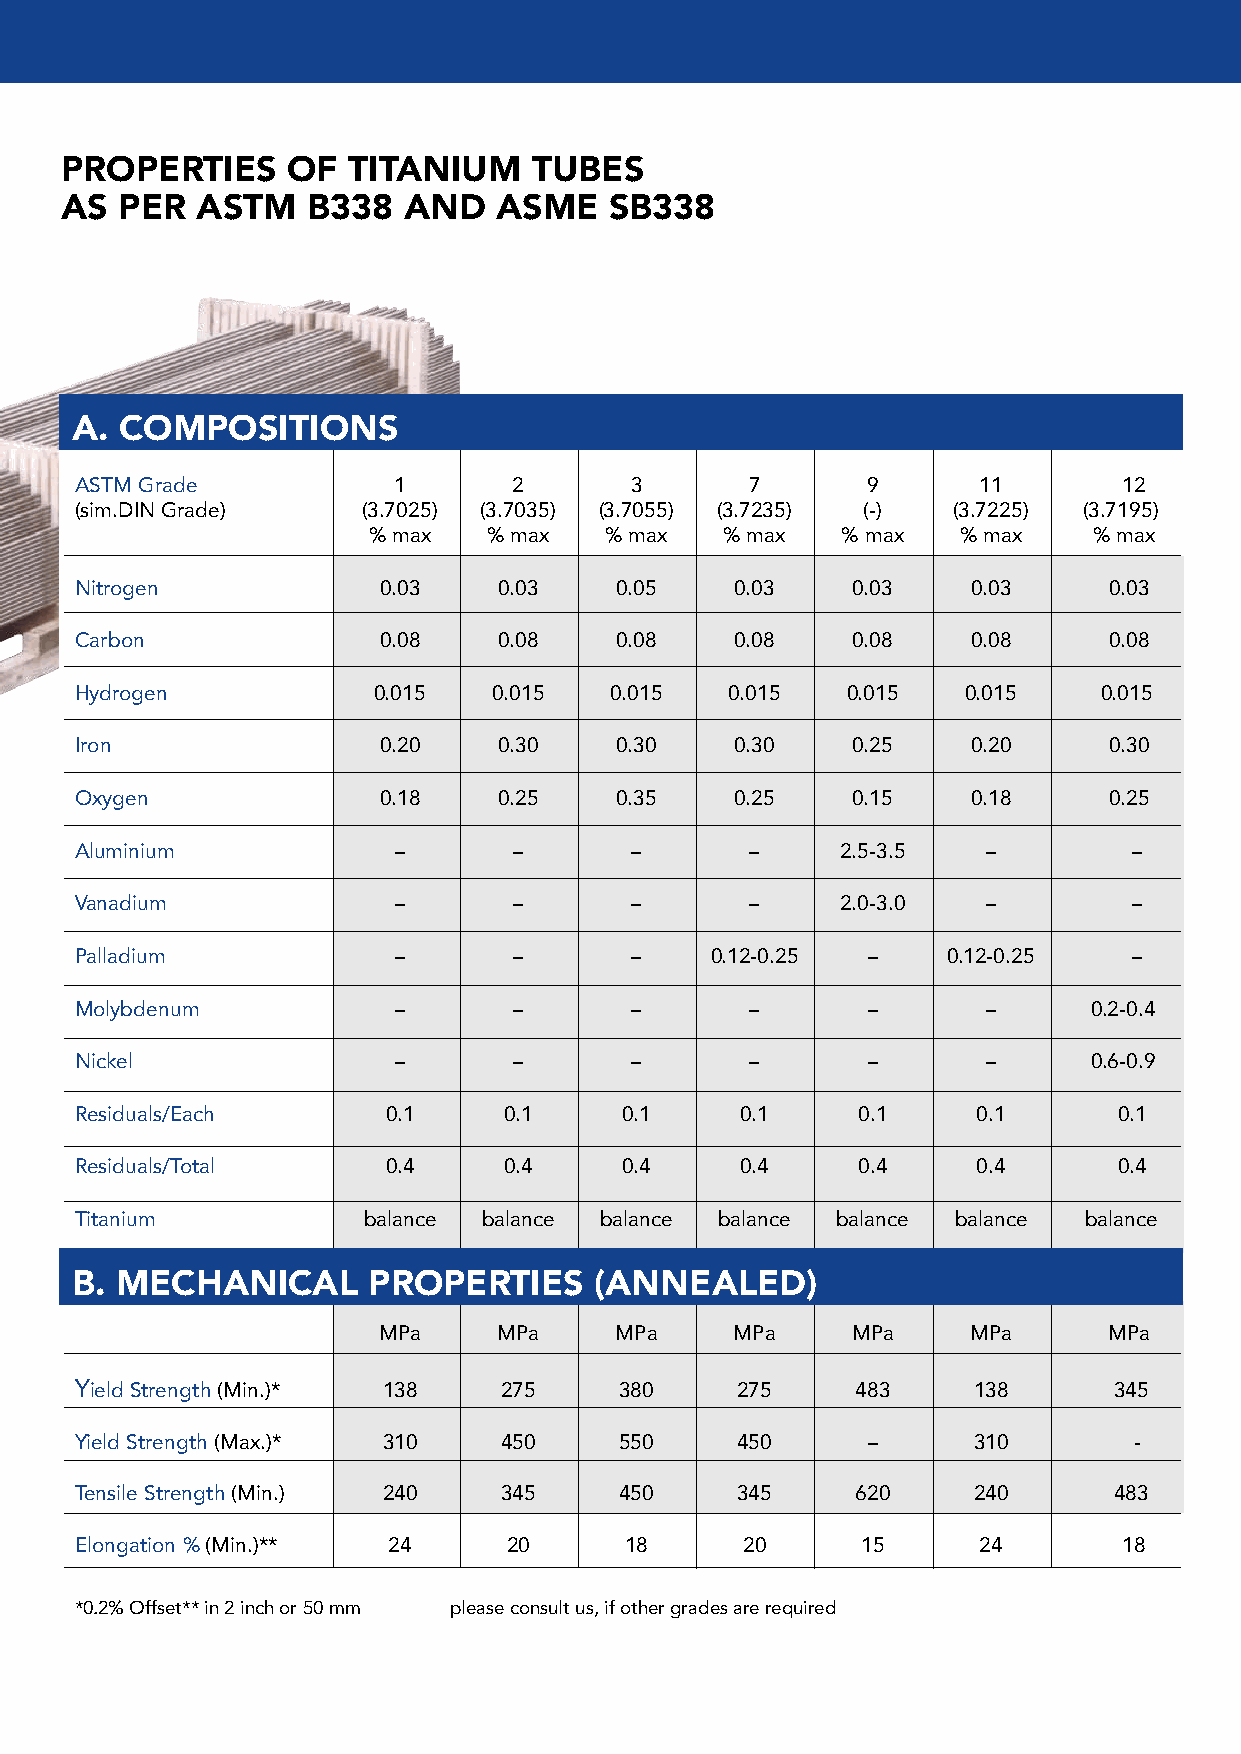
PROPERTIES     OF  TITANIUM    TUBES
 AS  PER  ASTM   B338   AND   ASME   SB338
 A. COMPOSITIONS
 ASTM Grade           1       2       3       7      9       11       12
 (sim.DIN Grade)    (3.7025) (3.7035) (3.7055) (3.7235) (-) (3.7225) (3.7195)
 % max   % max   % max   % max   % max  % max    % max
 Nitrogen            0.03    0.03    0.05    0.03   0.03    0.03     0.03
 Carbon              0.08    0.08    0.08    0.08   0.08    0.08     0.08
 Hydrogen            0.015   0.015  0.015   0.015   0.015   0.015    0.015
 Iron                0.20    0.30    0.30    0.30   0.25    0.20     0.30
 Oxygen              0.18    0.25    0.35    0.25   0.15    0.18     0.25
 Aluminium            –       –       –       –     2.5-3.5  –         –
 Vanadium             –       –       –       –     2.0-3.0  –         –
 Palladium            –       –       –    0.12-0.25 –     0.12-0.25   –
 Molybdenum           –       –       –       –      –       –      0.2-0.4
 Nickel               –       –       –       –      –       –      0.6-0.9
 Residuals/Each       0.1    0.1     0.1     0.1     0.1     0.1      0.1
 Residuals/Total      0.4    0.4     0.4     0.4     0.4     0.4      0.4
 Titanium           balance balance balance balance balance balance balance
 B . MECHANICAL     PROPERTIES     (ANNEALED)
 MPa     MPa     MPa     MPa    MPa     MPa      MPa
 Yield Strength (Min.)* 138  275     380     275     483    138       345
 Yield Strength (Max.)* 310  450     550     450     –      310        -
 Tensile Strength (Min.) 240 345     450     345     620    240       483
 Elongation % (Min.)** 24     20     18      20      15      24       18
 *0.2% Offset** in 2 inch or 50 mm please consult us, if other grades are required